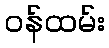
ဝန်ထမ်း